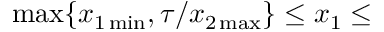
\operatorname * { m a x } \{ x _ { 1 \operatorname * { m i n } } , \tau / x _ { 2 \operatorname * { m a x } } \} \leq x _ { 1 } \leq